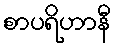
စာပရိဟာနီ